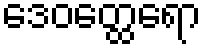
ဒေဝတ္ထေရော